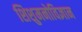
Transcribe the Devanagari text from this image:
शिशुमनोविज्ञान